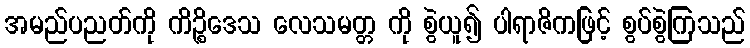
အမည်ပညတ်ကို ကိဉ္စိဒေသ လေသမတ္တ ကို စွဲယူ၍ ပါရာဇိကဖြင့် စွပ်စွဲကြသည်